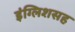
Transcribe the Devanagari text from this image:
इंग्लिशसह